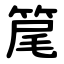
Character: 䇻